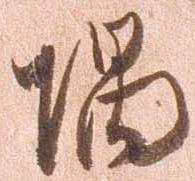
隅